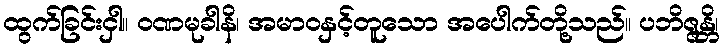
ထွက်ခြင်းငှါ။ ဝဏမုခါနိ၊ အမာဝနှင့်တူသော အပေါက်တို့သည်။ ပဘိဇ္ဇန္တိ၊